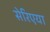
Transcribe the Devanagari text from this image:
सेरिएया